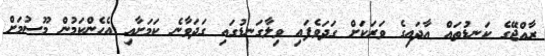
ރާއްޖޭގެ ކަނޑުތައް އާދައިގެ ވަރަކަށް ގަދަވެފައި ވިލާގަނޑުގައި ގަދަވާނެ ކަމަށާއި އެހެންކަމުން މޫސުމަށް